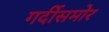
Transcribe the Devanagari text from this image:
गर्दीसमोर